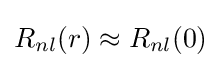
R_{nl}(r)\approx R_{nl}(0)